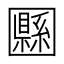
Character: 𡈴